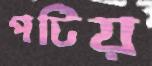
পটিয়